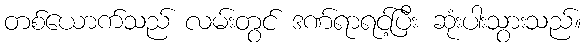
တစ်ယောက်သည် လမ်းတွင် ဒဏ်ရာရင့်ပြီး ဆုံးပါးသွားသည်။